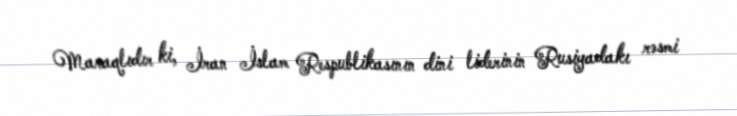
Maraqlıdır ki, İran İslam Respublikasının dini liderinin Rusiyadakı rəsmi